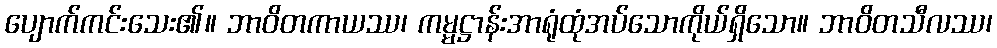
ပျောက်ကင်းသေး၏။ ဘာဝိတကာယဿ၊ ကမ္မဋ္ဌာန်းအာရုံထုံအပ်သောကိုယ်ရှိသော။ ဘာဝိတသီလဿ၊